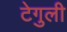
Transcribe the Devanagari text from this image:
टेगुली